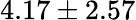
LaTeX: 4.17\pm 2.57